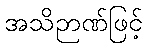
အသိဉာဏ်ဖြင့်